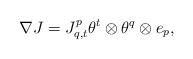
LaTeX: \begin{align*} \nabla J=J_{q,t}^p\theta^t\otimes\theta^q\otimes e_p,\end{align*}